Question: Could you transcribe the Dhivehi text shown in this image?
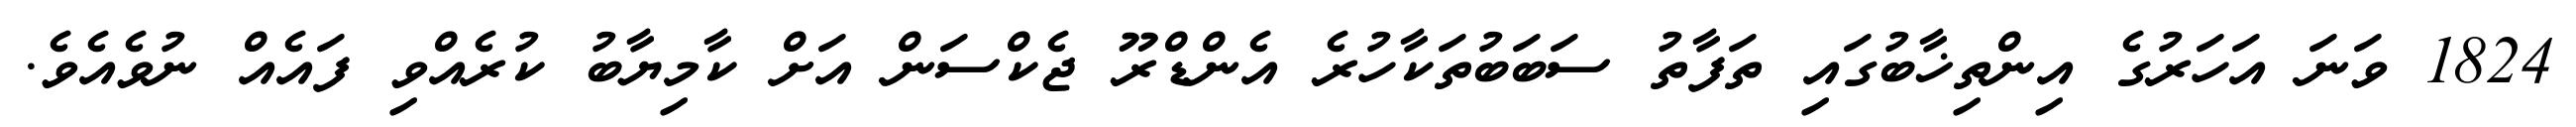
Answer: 1824 ވަނަ އަހަރުގެ އިންތިޚާބުގައި ތަފާތު ސަބަބުތަކާހުރެ އެންޑްރޫ ޖެކްސަން އަށް ކާމިޔާބު ކުރެއްވި ފައެއް ނުވެއެވެ.